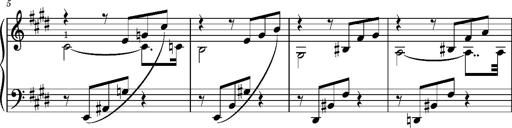
Title: Album-Leaf 'Cantique d'amour'
Composer: Franz Liszt
Key: E major